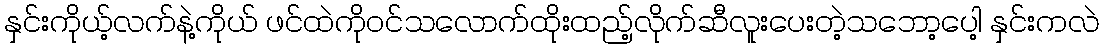
နှင်းကိုယ့်လက်နဲ့ကိုယ် ဖင်ထဲကိုဝင်သလောက်ထိုးထည့်လိုက်ဆီလူးပေးတဲ့သဘော့ပေါ့ နှင်းကလဲ